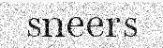
sneers